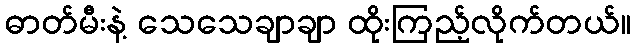
ဓာတ်မီးနဲ့ သေသေချာချာ ထိုးကြည့်လိုက်တယ်။